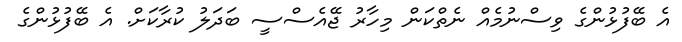
އެ ބޭފުޅުންގެ ވިސްނުމެެއް ނެތްކަން މިހާރު ޖޭއެސްސީ ބަދަލު ކުރާކަށް. އެ ބޭފުޅުންގެ